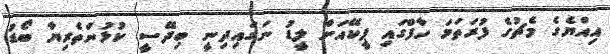
އިއްޔެގެ މެޗުގެ ފުރަތަމަ ހާފްގައި ޕީކޭއަށް ލީޑު ނަގައިދިނީ ބިދޭސީ ކުޅުންތެރިޔާ ބޯޑު